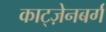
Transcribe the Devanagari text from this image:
काट्ज़ेनबर्ग